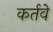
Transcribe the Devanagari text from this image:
कर्तवे